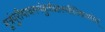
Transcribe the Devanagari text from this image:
मूत्रंपुरीषाचमनंकुर्वन्नास्थीनिधारयेत्